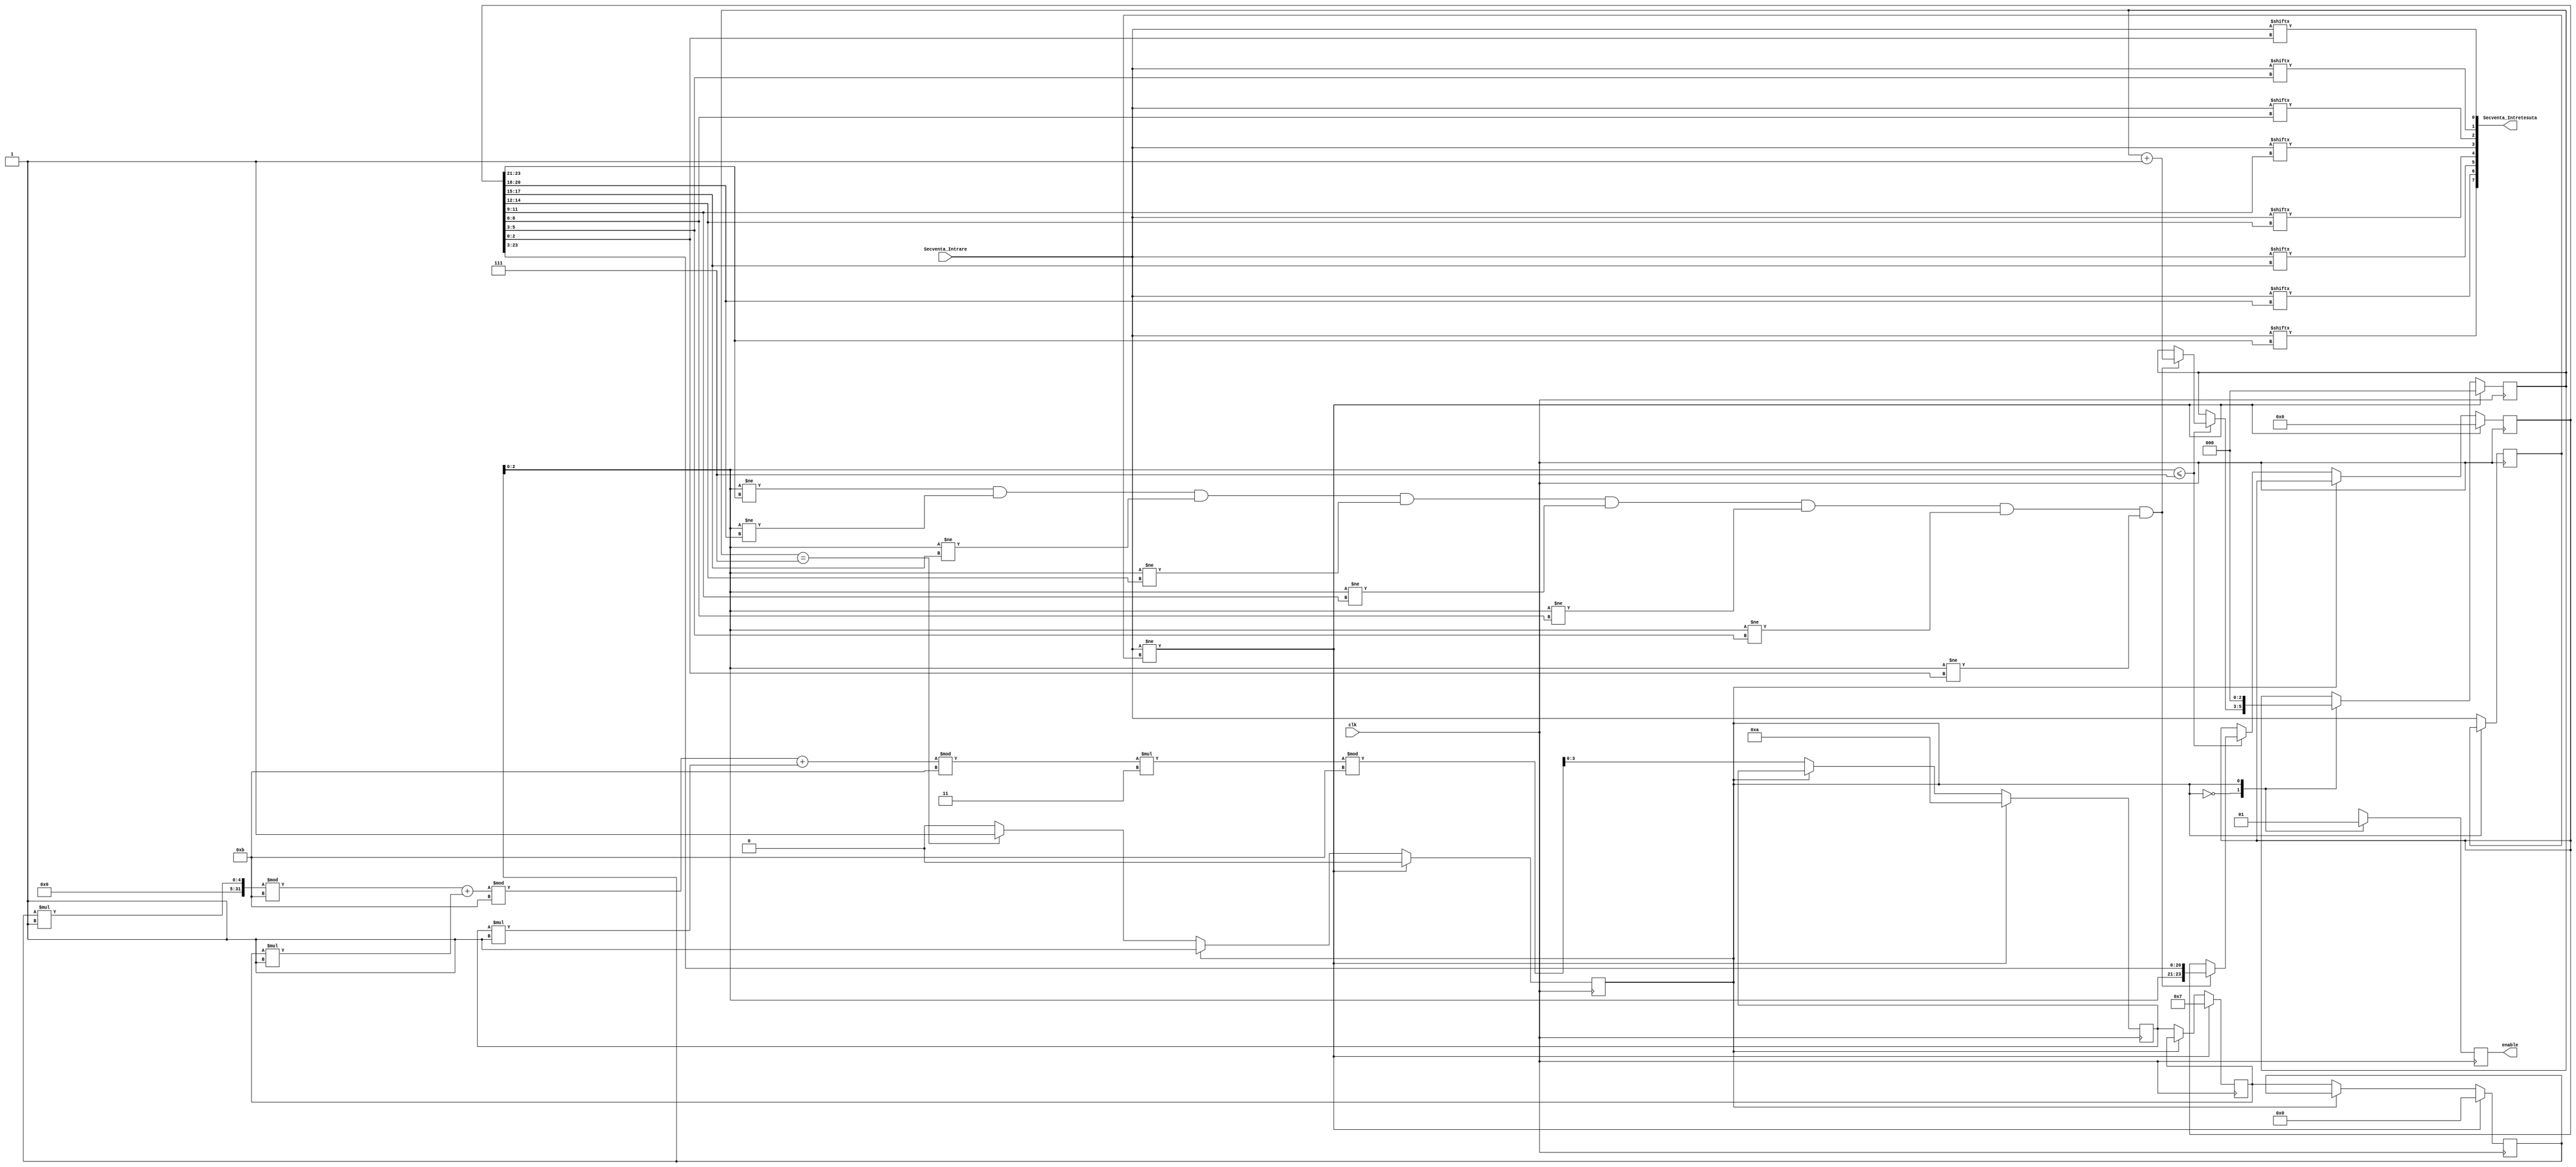
module IntretesatorAleatorGFn(clk,Secventa_Intrare,enable,Secventa_Intretesuta
	);
	
	input clk;
	input [7:0] Secventa_Intrare;
	output reg enable;
	output [7:0] Secventa_Intretesuta;

	//SEED

	reg [3:0] delay0=4'b0000;
	reg [3:0] delay1=4'b0111;
	reg [3:0] delay2=4'b1010;

	//MODULO P

	localparam p=11;

	//COEFCINETII POLINOMULUI PRIMITIV IN GF(P)

	localparam c1=1; //COEF x^3
	localparam c2=1; //COEF x^2
	localparam c3=1; //COEF x^1
	localparam c4=3; //COEF x^0

	assign Secventa_Intretesuta = {Secventa_Intrare[reg_temp[23:21]], Secventa_Intrare[reg_temp[20:18]], Secventa_Intrare[reg_temp[17:15]], Secventa_Intrare[reg_temp[14:12]], Secventa_Intrare[reg_temp[11:9]], Secventa_Intrare[reg_temp[8:6]], Secventa_Intrare[reg_temp[5:3]], Secventa_Intrare[reg_temp[2:0]]};

	reg [23:0] reg_temp           = 24'b0;//Indici intretesere
	reg [2:0]  contor             = 3'b0;
	reg [7:0]  r_Secventa_Intrare = 8'b0;//PENTRU REALUARE ALGORITM DATE DE INTRARE NOI
	reg        state              = 1'b0;
	 
	always @(posedge clk)begin
		case(state)
		1'b0: begin
			enable             <= 1'b0;
			r_Secventa_Intrare <= Secventa_Intrare;

			delay2             <= ((((delay0*c1)%p+(delay1*c2))%p+(delay2*c3))%p*c4)%p;
			delay1             <= delay2;
			delay0             <= delay1;

			if(delay0[2:0] <= 7) begin
				if(delay0[2:0]!=reg_temp[23:21] && delay0[2:0]!=reg_temp[20:18] && delay0[2:0]!=reg_temp[17:15] && delay0[2:0]!=reg_temp[14:12] && delay0[2:0]!=reg_temp[11:9] && delay0[2:0]!=reg_temp[8:6] && delay0[2:0]!=reg_temp[5:3] && delay0[2:0]!=reg_temp[2:0]) begin
						reg_temp[23:0] <= {delay0[2:0], reg_temp[23:3]};
						contor <= contor + 1'b1;
				end
			end
			
			if(contor == 7)begin
				state <= 1'b1;
			end
		end
		
		1'b1: begin
			enable <= 1'b1;
			contor <= 4'b0;
		end
		endcase	

		if(Secventa_Intrare != r_Secventa_Intrare) begin
			contor   <= 4'b0;
			delay0   <= 4'b0000;
			delay1   <= 4'b0111;
			delay2   <= 4'b1010;
			reg_temp <= 24'b0;
			state    <= 1'b0;
		end
	end
endmodule